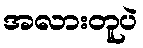
အလားတူပဲ